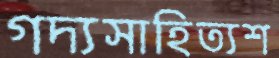
গদ্যসাহিত্যশ